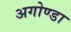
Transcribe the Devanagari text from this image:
अगोण्डा